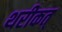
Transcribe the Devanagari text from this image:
थरीकत्